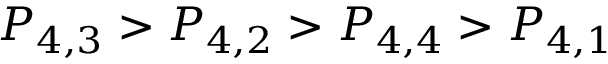
P _ { 4 , 3 } > P _ { 4 , 2 } > P _ { 4 , 4 } > P _ { 4 , 1 }